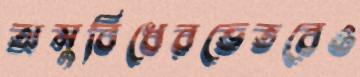
অসুবিধেরভেতরেও